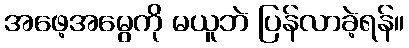
အဖေ့အမွေကို မယူဘဲ ပြန်လာခဲ့ရန်။